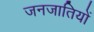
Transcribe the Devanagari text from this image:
जनजातियाें